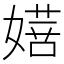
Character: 𭒔